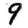
Digit: 9